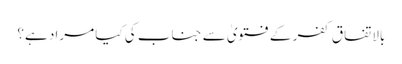
بالاتفاق کفر کے فتویٰ سے جناب کی کیا مراد ہے؟